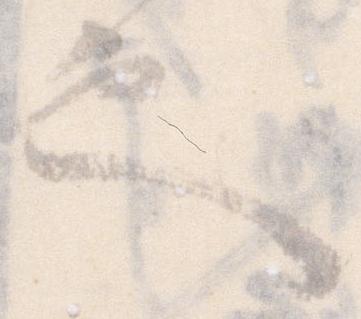
也